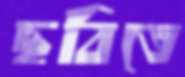
ছবিতে